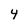
Character: 4